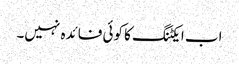
اب ایکٹنگ کا کوئی فائدہ نہیں۔